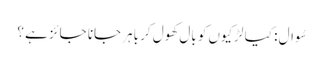
سُوال : کیا لڑکیوں کو بال کھول کر باہر جانا جائز ہے ؟